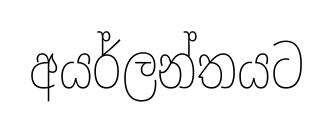
අයර්ලන්තයට